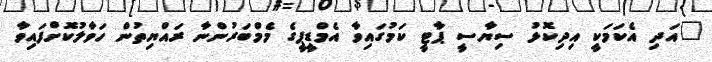
"އަދި އެކަމަކީ އިދިކޮޅު ސިޔާސީ ޕާޓީ ކަމުގައިވާ އެމްޑީޕީގެ މެމްބަރުންނާ ރައްޔިތުން ހަވާލުކޮށްފައިވާ